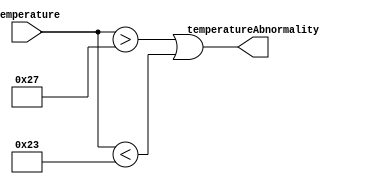
`timescale 1ns / 1ps
`default_nettype none
/*
**********************************************************
** Logic Design Final Project Fall, 2019 Semester
** Amirkabir University of Technology (Tehran Polytechnic)
** Department of Computer Engineering (CEIT-AUT)
** Logic Circuit Design Laboratory
** https://ceit.aut.ac.ir
**********************************************************
** Student ID: XXXXXXX
** Student ID: XXXXXXX
**********************************************************
** Module Name: TemperatureAnalyzer
**********************************************************
** Additional Comments:
*/

module TemperatureAnalyzer(
        temperature,
        temperatureAbnormality);
input [7:0] temperature;
output temperatureAbnormality;

  assign temperatureAbnormality = (temperature > 8'b00100111) || (temperature < 8'b00100011);


endmodule